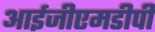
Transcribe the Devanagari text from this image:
आईजीएमडीपी